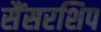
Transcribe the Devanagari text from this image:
सैंसरशिप